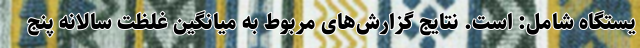
یستگاه شامل: است. نتایج گزارش‌های مربوط به میانگین غلظت سالانه پنج